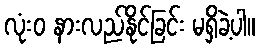
လုံးဝ နားလည်နိုင်ခြင်း မရှိခဲ့ပါ။